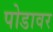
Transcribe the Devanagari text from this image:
पोडावर